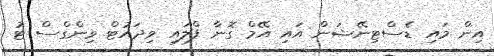
އިން މައި ޑެސްޓިނޭޝަން އައި އޭމް ގޮނާ ފްލައި ވިދައުޓް ވިންގްސް ޓު